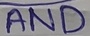
Text: AND